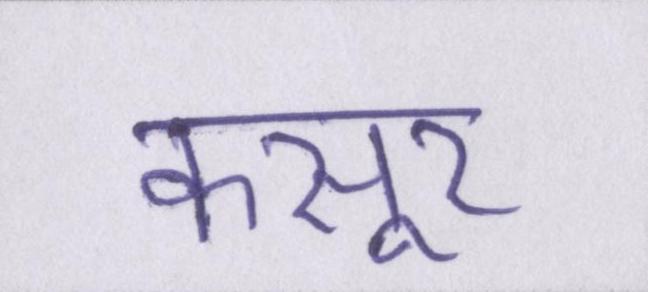
कसूर